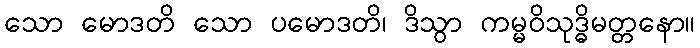
သော မောဒတိ သော ပမောဒတိ၊ ဒိသွာ ကမ္မဝိသုဒ္ဓိမတ္တနော။